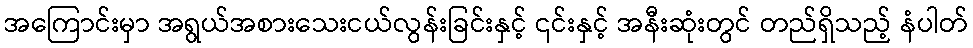
အကြောင်းမှာ အရွယ်အစားသေးငယ်လွန်းခြင်းနှင့် ၎င်းနှင့် အနီးဆုံးတွင် တည်ရှိသည့် နံပါတ်